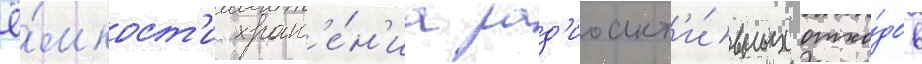
ё́мкост'и хран'е́н'иа рад'иоакт'и́вных отхо́дов